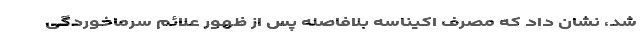
شد، نشان داد که مصرف اکیناسه بلافاصله پس از ظهور علائم سرماخوردگی